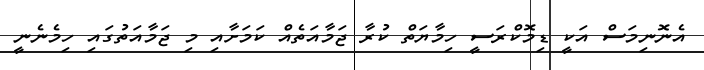
އެނޮނިމަސް އަކީ ޑިމޮކްރަސީ ހިމާޔަތް ކުރާ ޖަމާއަތެއް ކަމަށާއި މި ޖަމާއަތުގައި ހިމެނެނީ